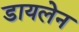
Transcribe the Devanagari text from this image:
डायलेन